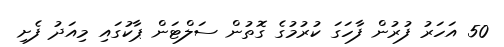
50 އަހަރު ފުރުން ފާހަގަ ކުރުމުގެ ގޮތުން ސަލްޓަން ޕާކުގައި މިއަދު ފެށި